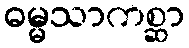
ဓမ္မသာကစ္ဆာ